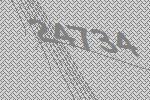
24734